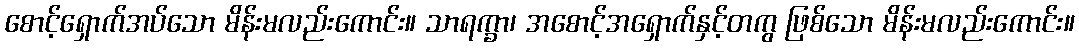
စောင့်ရှောက်အပ်သော မိန်းမလည်းကောင်း။ သာရက္ခာ၊ အစောင့်အရှောက်နှင့်တကွ ဖြစ်သော မိန်းမလည်းကောင်း။